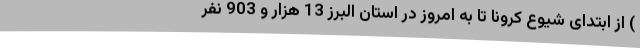
) از ابتدای شیوع کرونا تا به امروز در استان البرز 13 هزار و 903 نفر